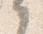
之